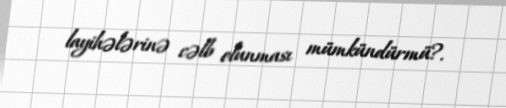
layihələrinə cəlb olunması mümkündürmü?.